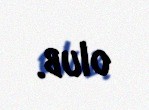
olub.